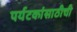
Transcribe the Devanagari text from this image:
पर्यटकांसाठीची